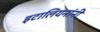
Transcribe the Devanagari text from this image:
इटालियनांनी